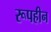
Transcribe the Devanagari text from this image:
रूपहीन